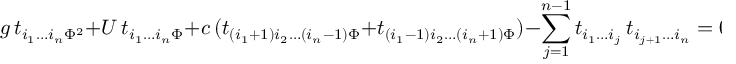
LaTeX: g \, t _ { i _ { 1 } \ldots i _ { n } \Phi ^ { 2 } } + U \, t _ { i _ { 1 } \ldots i _ { n } \Phi } + c \, ( t _ { ( i _ { 1 } + 1 ) i _ { 2 } \ldots ( i _ { n } - 1 ) \Phi } + t _ { ( i _ { 1 } - 1 ) i _ { 2 } \ldots ( i _ { n } + 1 ) \Phi } ) - \sum _ { j = 1 } ^ { n - 1 } t _ { i _ { 1 } \ldots i _ { j } } \, t _ { i _ { j + 1 } \ldots i _ { n } } = 0